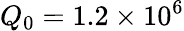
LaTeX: Q_{0}=1.2\times 10^{6}